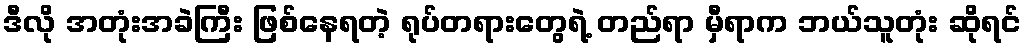
ဒီလို အတုံးအခဲကြီး ဖြစ်နေရတဲ့ ရုပ်တရားတွေရဲ့ တည်ရာ မှီရာက ဘယ်သူတုံး ဆိုရင်